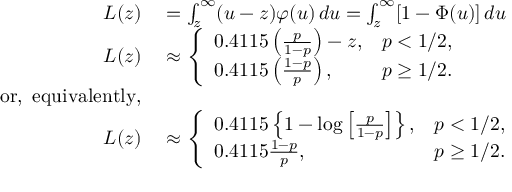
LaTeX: \begin{array} { r l } { L ( z ) } & { { } = \int _ { z } ^ { \infty } ( u - z ) \varphi ( u ) \, d u = \int _ { z } ^ { \infty } [ 1 - \Phi ( u ) ] \, d u } \\ { L ( z ) } & { { } \approx { \left\{ \begin{array} { l l } { 0 . 4 1 1 5 \left( { \frac { p } { 1 - p } } \right) - z , } & { p < 1 / 2 , } \\ { 0 . 4 1 1 5 \left( { \frac { 1 - p } { p } } \right) , } & { p \geq 1 / 2 . } \end{array} \right. } } \\ { { \mathrm { o r , ~ e q u i v a l e n t l y , } } } \\ { L ( z ) } & { { } \approx { \left\{ \begin{array} { l l } { 0 . 4 1 1 5 \left\{ 1 - \log \left[ { \frac { p } { 1 - p } } \right] \right\} , } & { p < 1 / 2 , } \\ { 0 . 4 1 1 5 { \frac { 1 - p } { p } } , } & { p \geq 1 / 2 . } \end{array} \right. } } \end{array}